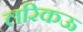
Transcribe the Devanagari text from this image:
लरिकऊ